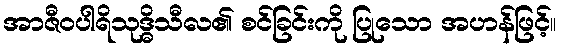
အာဇီဝပါရိသုဒ္ဓိသီလ၏ စင်ခြင်းကို ပြုသော အဟန်ဖြင့်။